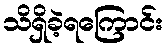
သိရှိခဲ့ရကြောင်း